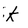
Character: k